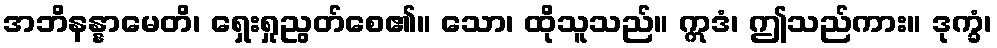
အဘိနန္နာမေတိ၊ ရှေးရှုညွတ်စေ၏။ သော၊ ထိုသူသည်။ ဣဒံ၊ ဤသည်ကား။ ဒုက္ခံ၊